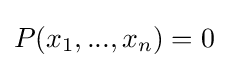
P(x_{1},...,x_{n})=0